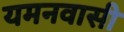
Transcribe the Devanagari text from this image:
यमनवासी